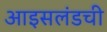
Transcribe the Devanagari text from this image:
आइसलंडची